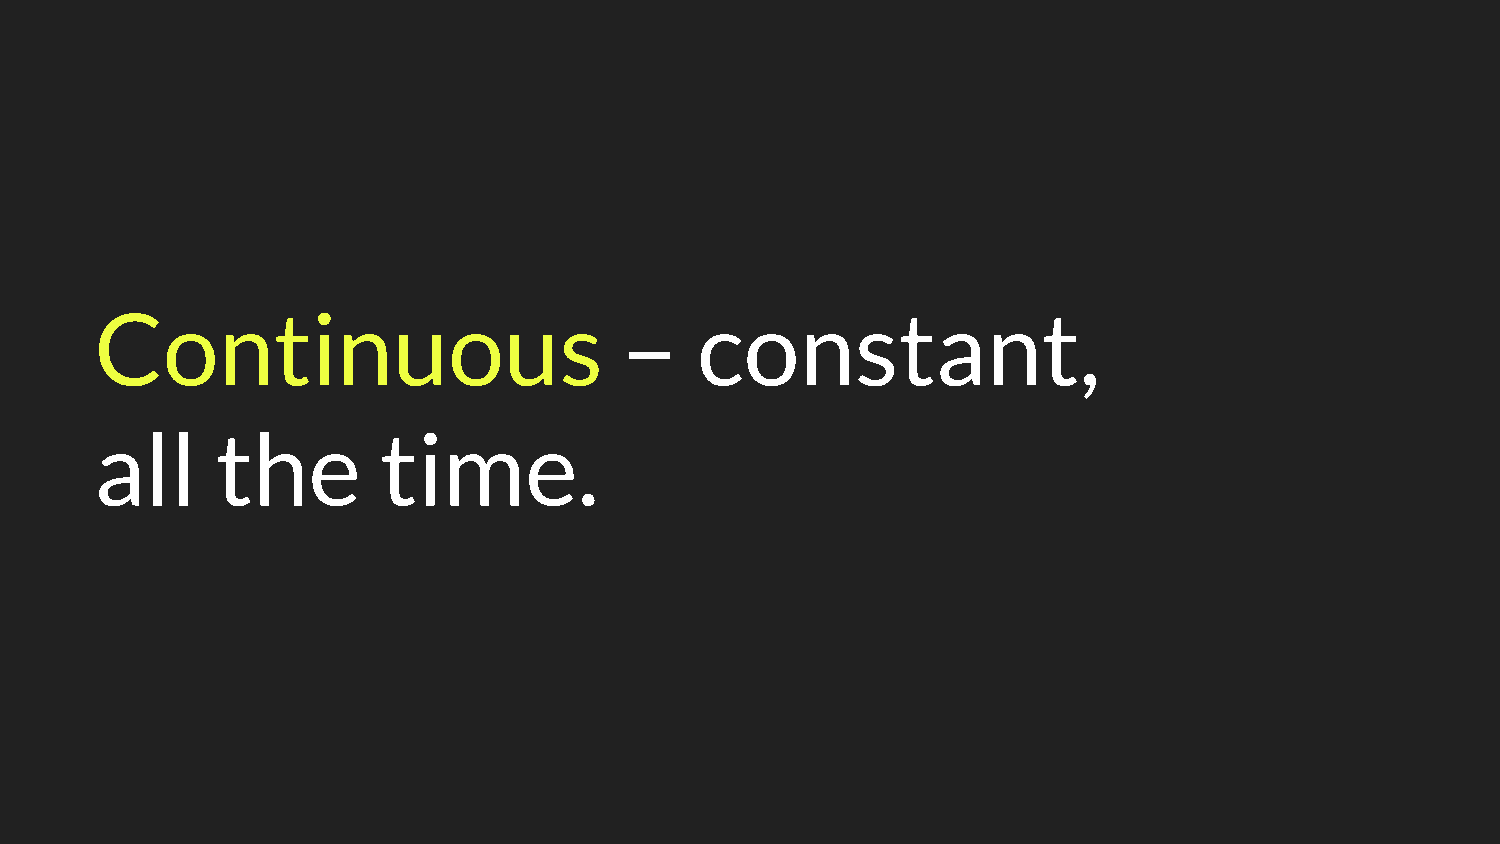
Continuous                         –    constant,
 all     the        time.